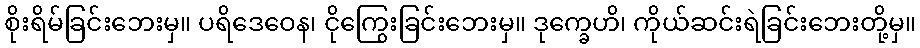
စိုးရိမ်ခြင်းဘေးမှ။ ပရိဒေဝေန၊ ငိုကြွေးခြင်းဘေးမှ။ ဒုက္ခေဟိ၊ ကိုယ်ဆင်းရဲခြင်းဘေးတို့မှ။